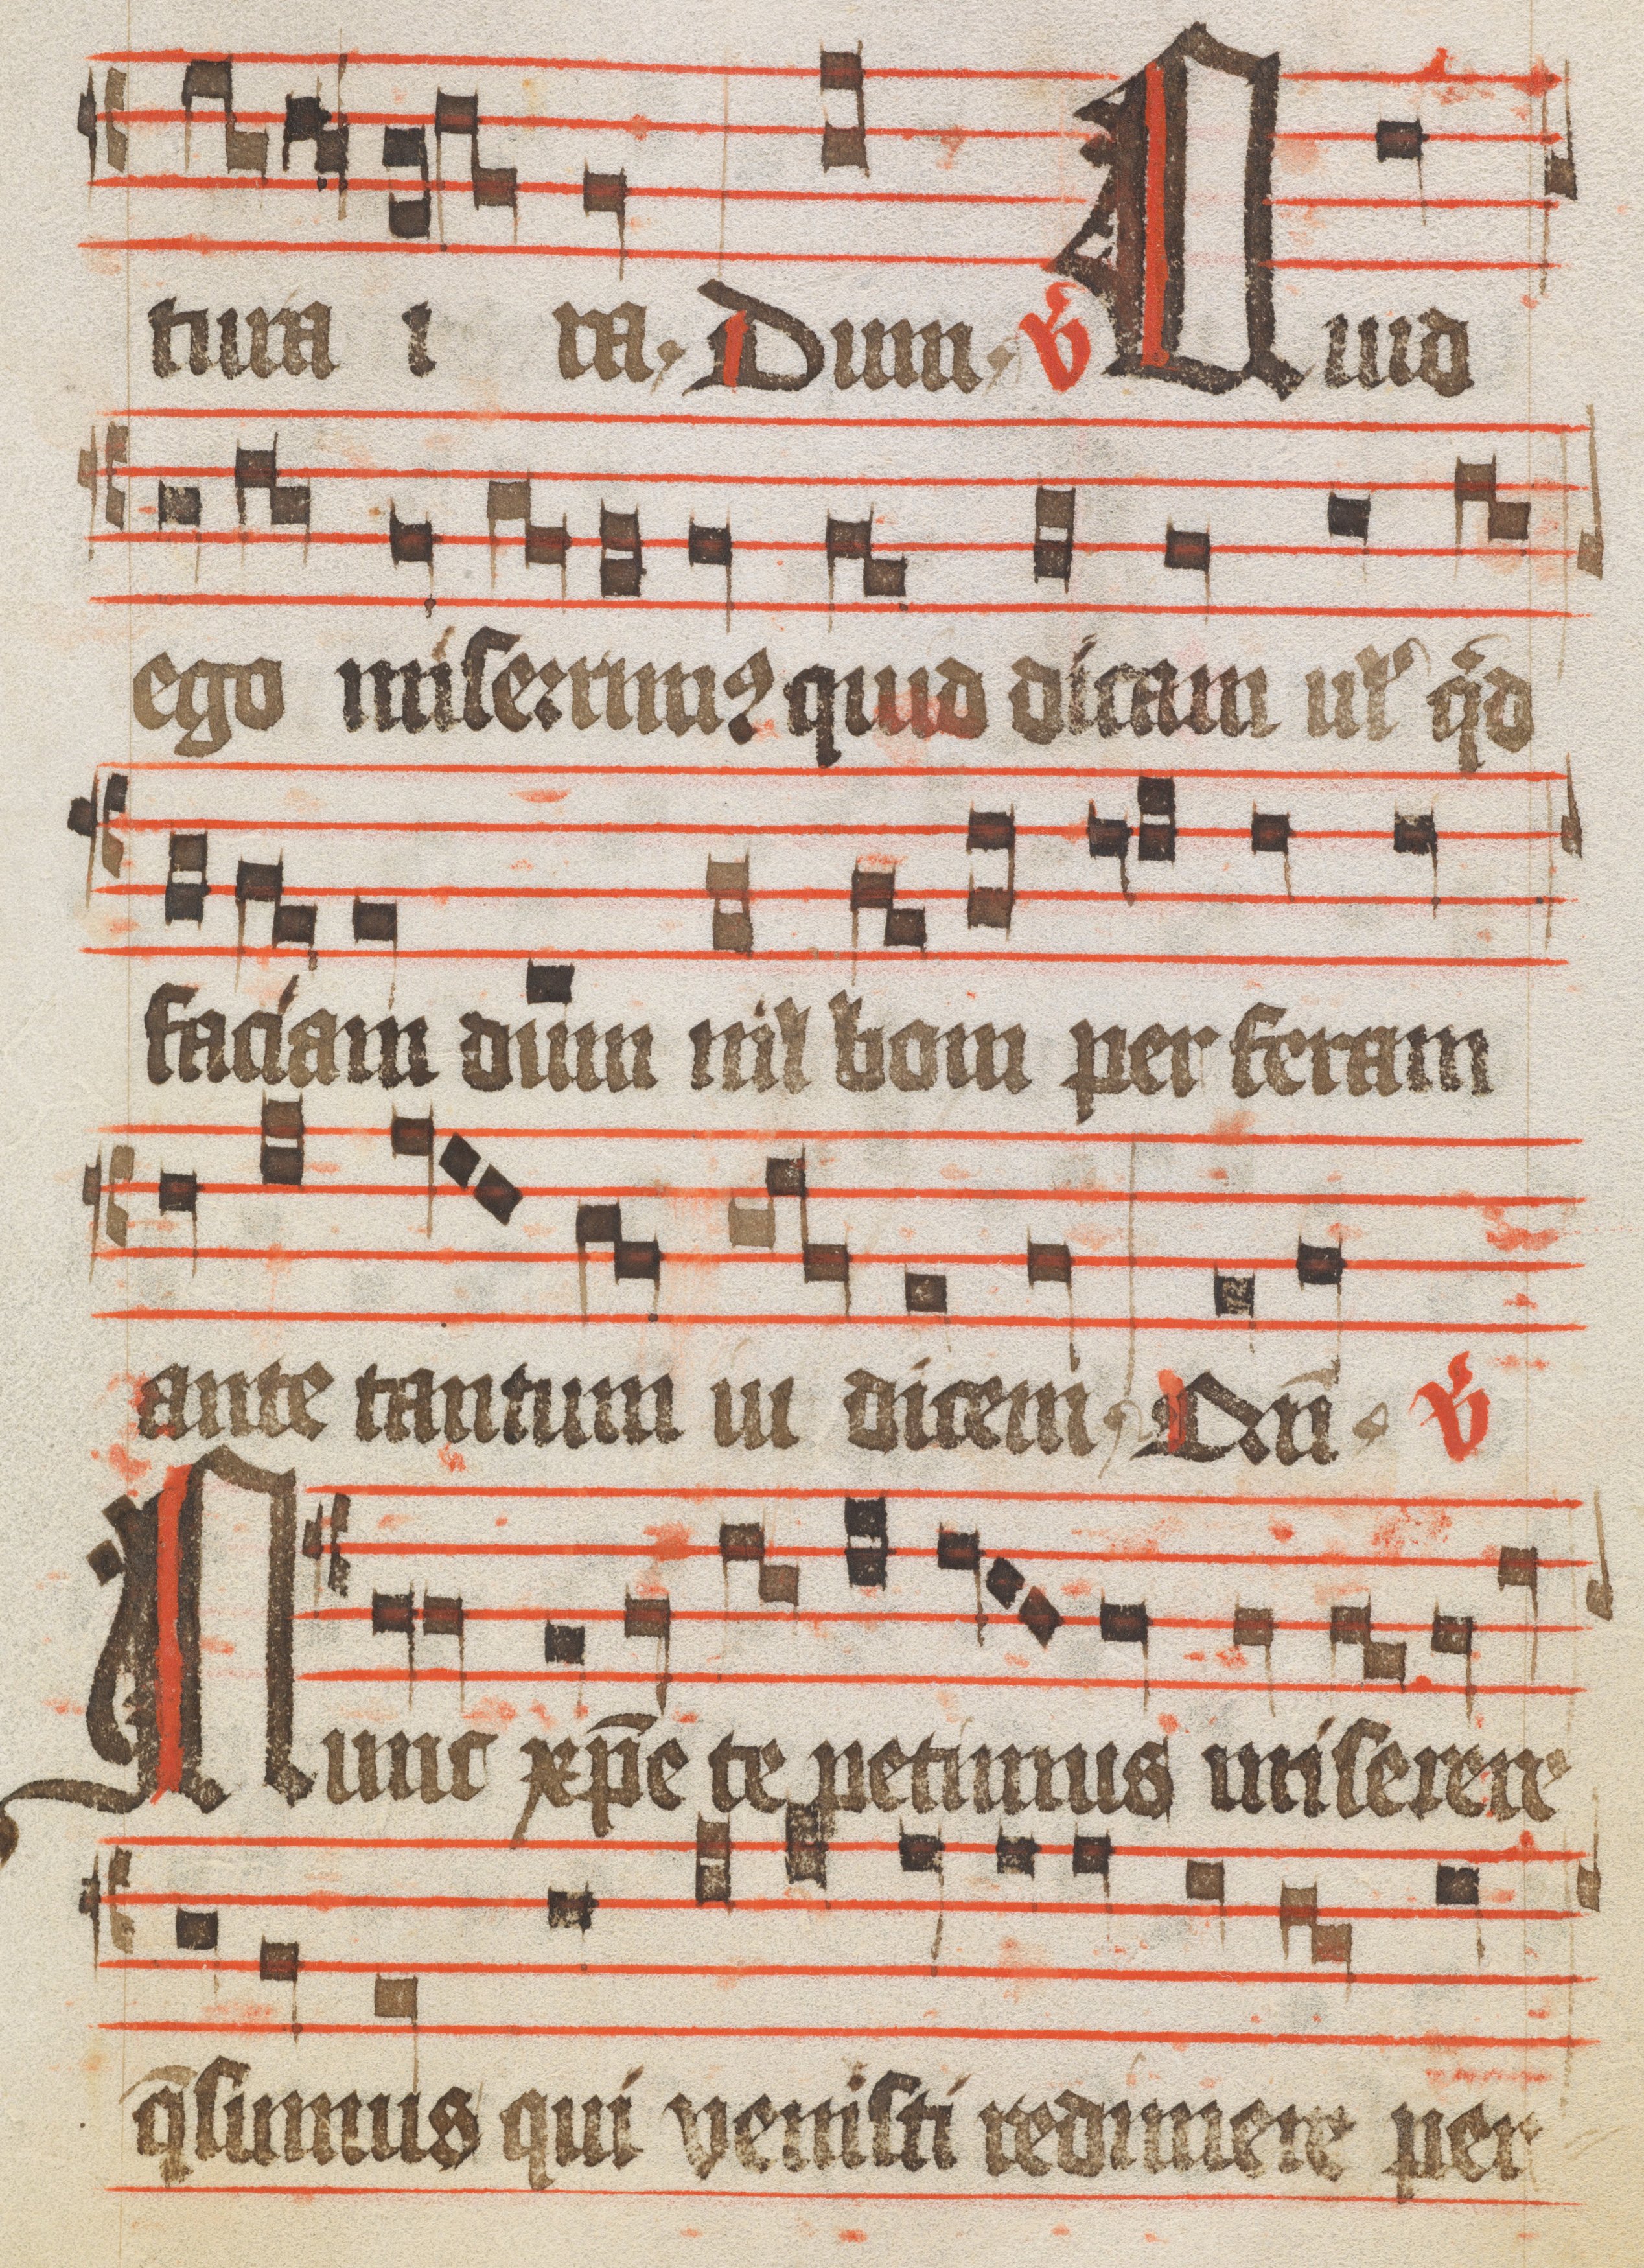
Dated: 1400–1449